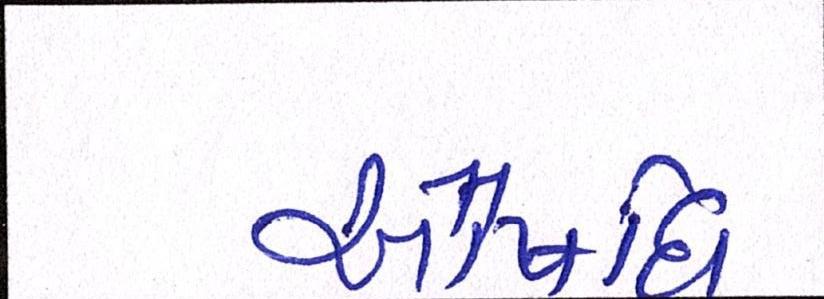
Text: ઔષધિ